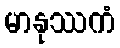
မာနုဿကံ